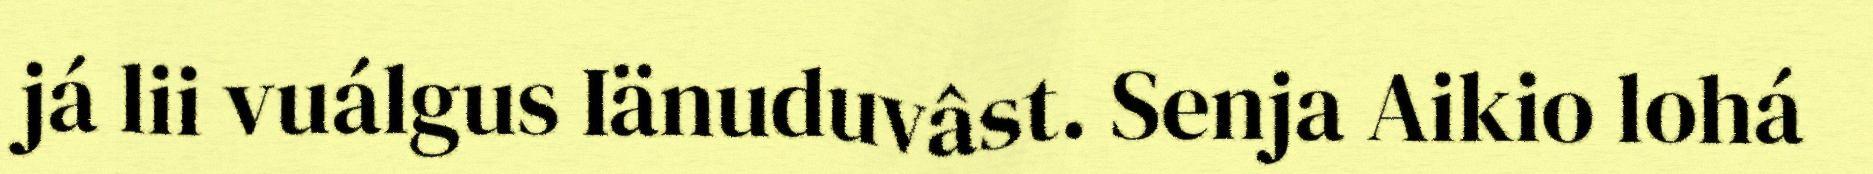
já lii vuálgus Iänuduvâst. Senja Aikio lohá